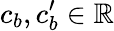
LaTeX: c_{b},c_{b}^{\prime}\in\mathbb{R}